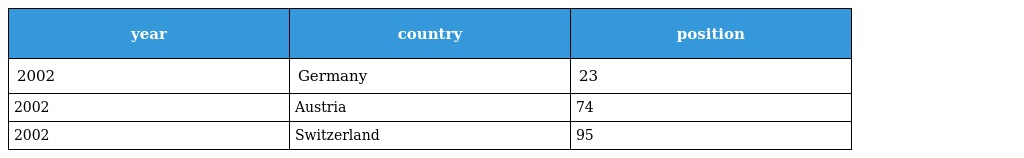
| year | country | position |
 | --- | --- | --- |
 | 2002 | Germany | 23 |
 | 2002 | Austria | 74 |
 | 2002 | Switzerland | 95 |